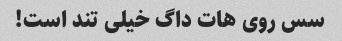
سس روی هات داگ خیلی تند است!